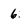
Character: 6